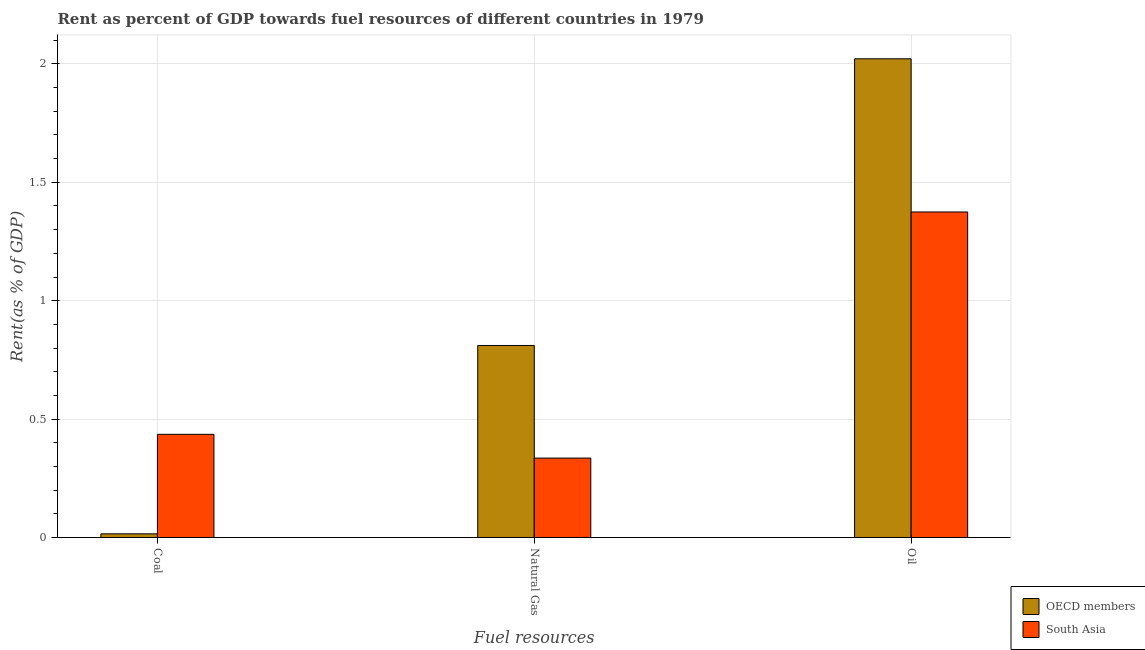
| Fuel resources | OECD members | South Asia |
 | --- | --- | --- |
 | Coal | 0.0154 | 0.436 |
 | Natural Gas | 0.811 | 0.335 |
 | Oil | 2.02 | 1.37 |